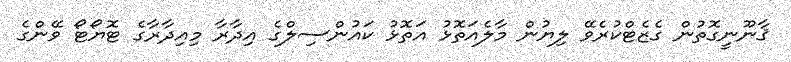
ޤާނޫނީގޮތުން ގެޒެޓްކުރެވޭ ލިޔުން މާލެއަތޮޅު އަތޮޅު ކައުންސިލްގެ އިދާރާ މިއިދާރާގެ ޓޮޔޯޓޯ ވޭންގެ